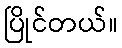
ပြိုင်တယ်။